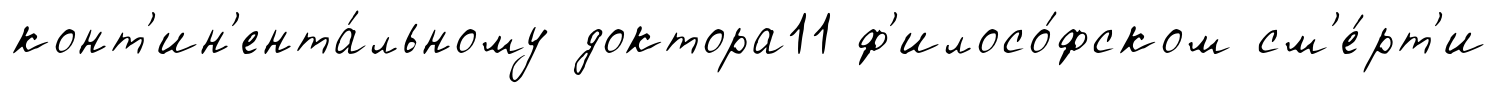
конт'ин'ента́льному доктора11 ф'илосо́фском см'е́рт'и